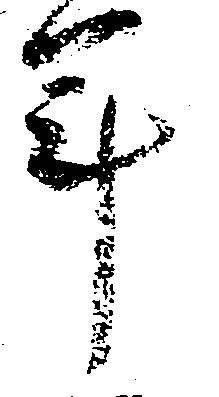
年